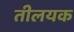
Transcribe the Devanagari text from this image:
तीलयक